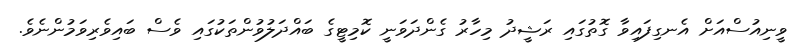
ވީނިއުސްއަށް އެނގިފައިވާ ގޮތުގައި ރަޝީދު މިހާރު ގެންދަވަނީ ކޮމިޓީގެ ބައްދަލުވުންތަކުގައި ވެސް ބައިވެރިވަމުންނެވެ.